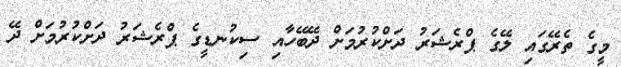
މީގެ ތެރޭގައި ލޭގެ ޕްރެޝަރު ދަށްކުރުމަށް ދޭބޭހާއި ސިކުނޑީގެ ޕްރެޝަރު ދަށްކުރުމަށް ދޭ